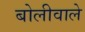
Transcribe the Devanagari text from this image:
बोलीवाले